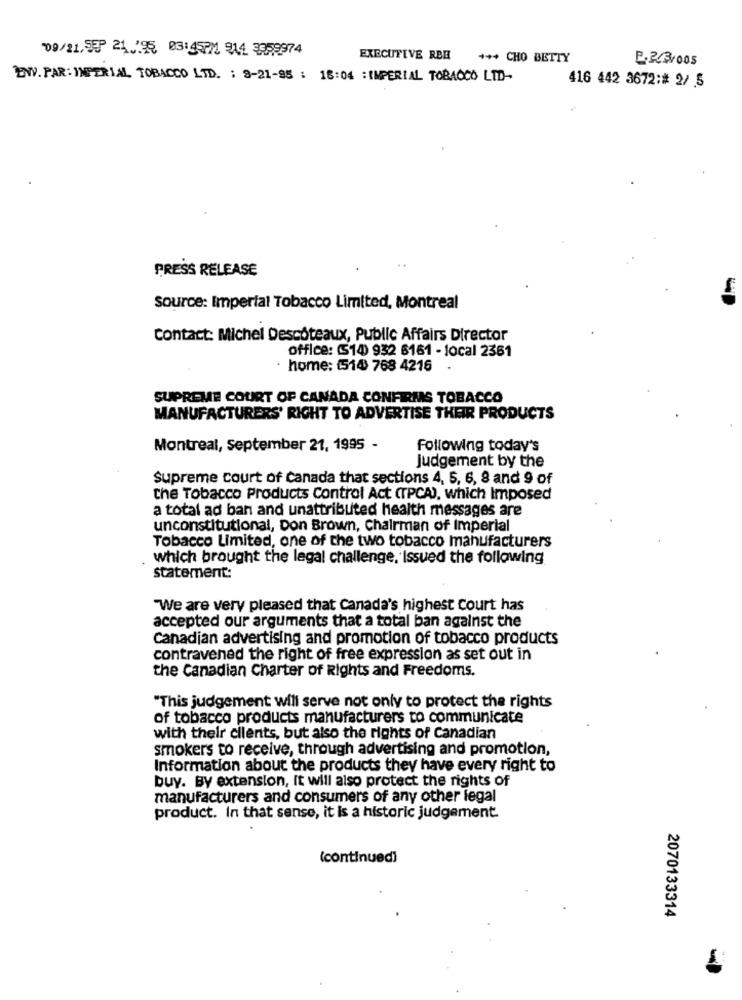
19/21, 59- 21 .: 95 03:45PM 914 3899974
EXECUTIVE RBE
+++ CHO BETTY
ENV. PAR:IMPERIAL TOBACCO LTD. : 9-21-95 : 18:04 :IMPERIAL TOBACCO LTD-
416 442 3672:# 2/ 5
PRESS RELEASE
source: Imperial Tobacco Limited, Montreal
contact: Michel Descoteaux, Public Affairs Director
office: (514) 932 6161 - local 2361
home: (514) 768 4216
SUPREME COURT OF CANADA CONFIRMAS TOBACCO
MANUFACTURERS' RIGHT TO ADVERTISE THEIR PRODUCTS
Montreal, September 21, 1995 -
Following today's
Judgement by the
Supreme court of Canada that sections 4, 5, 6, 8 and 9 of
The Tobacco Products Control Act (TPCA), which Imposed
a total ad ban and unattributed health messages are
unconstitutional, Don Brown, Chairman of Imperial
Tobacco Limited, one of the two tobacco manufacturers
which brought the legal challenge, Issued the following
statement:
"We are very pleased that Canada's highest court has
accepted our arguments that a total ban against the
Canadian advertising and promotion of tobacco products
contravened the right of free expression as set out in
the Canadian Charter of Rights and Freedoms.
"This judgement will serve not only to protect the rights
of tobacco products manufacturers to communicate
with their clients, but also the rights of Canadian
smokers to receive, through advertising and promotion,
Information about the products they have every right to
buy. By extension, It will also protect the rights of
manufacturers and consumers of any other legal
product. In that sense, it Is a historic judgement
(continued)
2070133314